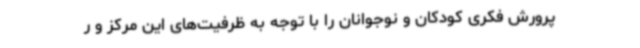
پرورش فکری کودکان و نوجوانان را با توجه به ظرفیت‌های این مرکز و ر